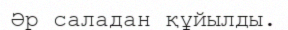
Әр саладан құйылды.